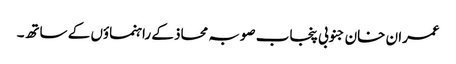
عمران خان جنوبی پنجاب صوبہ محاذ کے راہنماؤں کے ساتھ۔